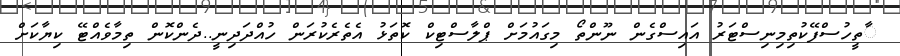
ާތީހުސްފޭކުތިމިނިސްޓަރު އައިސްގެން ނޫންތޯ މިގައުމަށް ޕްލާސްޓިކް ކޮތަޅު އެތެރެކުރަން ހުއްދަދިނީ..ދެންކޮން ތިމާވެއްޓޭ ކިޔާކަށް